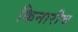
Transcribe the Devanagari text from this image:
किनारीच